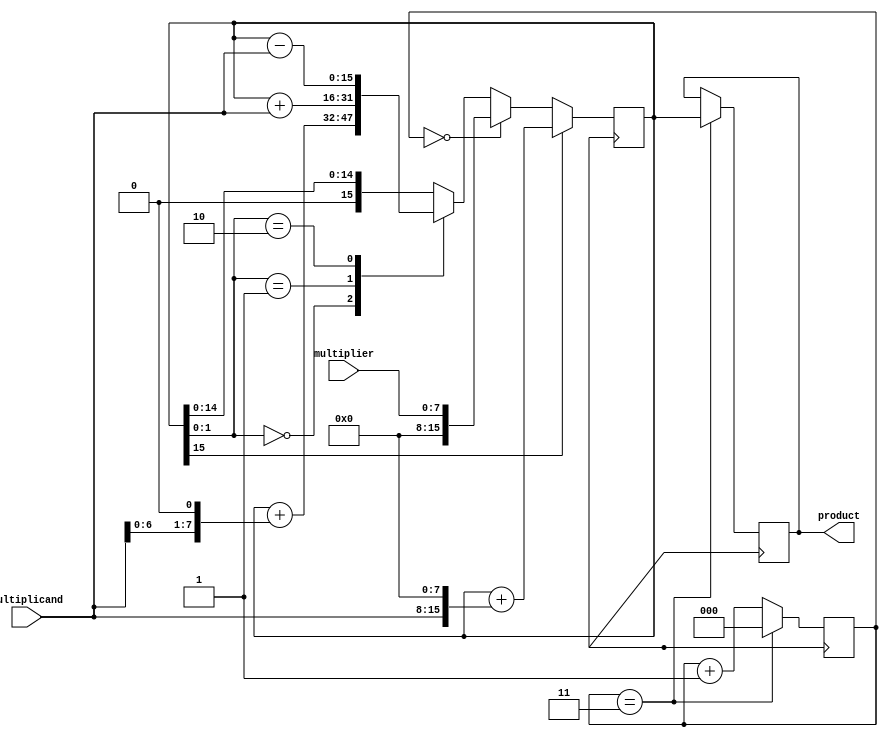
module booth_multiplier(
    input [7:0] multiplicand,
    input [7:0] multiplier,
    output reg [15:0] product
);

reg [7:0] multiplicand_shifted;
reg [15:0] partial_product;
reg [2:0] counter;

always @(*) begin
    multiplicand_shifted = multiplicand << 1; // Left shift the multiplicand by 1
end

always @(posedge clk) begin
    if (counter == 0) begin
        partial_product <= multiplier;
    end else begin
        case(partial_product[1:0])
            2'b00: partial_product <= partial_product + multiplicand_shifted;
            2'b01: partial_product <= partial_product + multiplicand;
            2'b10: partial_product <= partial_product - multiplicand;
        endcase
    end
    
    if (partial_product[15] == 1) begin
        partial_product <= partial_product + (multiplicand << 8);
    end
    
    counter <= counter + 1;
    if (counter == 3) begin
        product <= partial_product;
        counter <= 0;
    end
end

endmodule